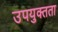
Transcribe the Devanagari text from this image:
उपयुक्‍तता